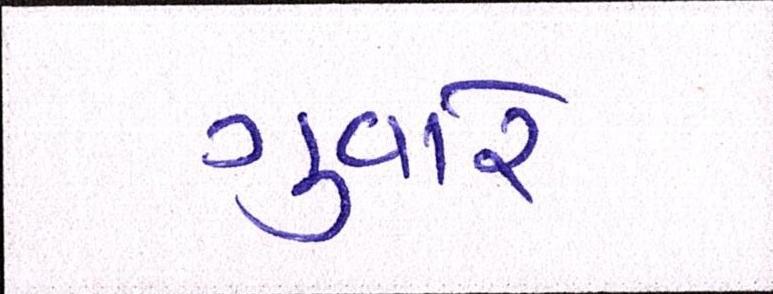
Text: ગુવારે